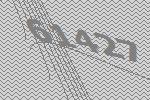
61427